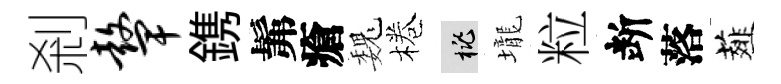
剎鼙鎸髴瘡巍棬桃壠粒断落薤